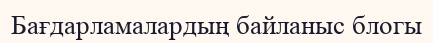
Бағдарламалардың байланыс блогы